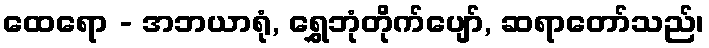
ထေရော - အဘယာရုံ, ရွှေဘုံတိုက်ပျော်, ဆရာတော်သည်၊